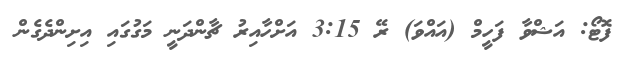
ފޮޓޯ: އަޝްވާ ފަހީމް (އައްވަ) ރޭ 3:15 އަށްހާއިރު ޗާންދަނީ މަގުގައި އިށިންދެގެން